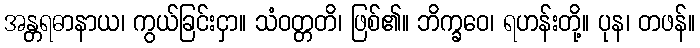
အန္တရဓာနာယ၊ ကွယ်ခြင်းငှာ။ သံဝတ္တတိ၊ ဖြစ်၏။ ဘိက္ခဝေ၊ ရဟန်းတို့။ ပုန၊ တဖန်။